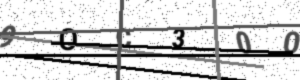
Text: 9OC300